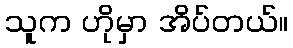
သူက ဟိုမှာ အိပ်တယ်။